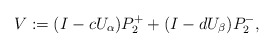
\begin{align*}V:=(I-cU_\alpha)P_2^++(I-dU_\beta)P_2^-,\end{align*}